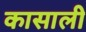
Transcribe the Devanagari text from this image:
कासाली